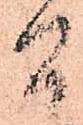
間